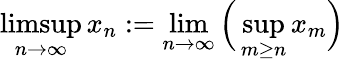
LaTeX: \operatorname*{limsup}_{n\to\infty}x_{n}:=\operatorname*{lim}_{n\to\infty}{\Big(}\operatorname*{sup}_{m\geq n}x_{m}{\Big)}